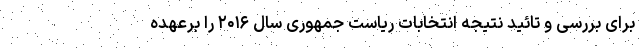
برای بررسی و تائید نتیجه انتخابات ریاست جمهوری سال ۲۰۱۶ را برعهده